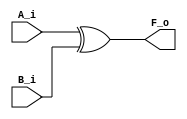
module xor_gate(
    input   A_i,
    input   B_i,
    output  F_o
);
    
    assign F_o = A_i ^ B_i;

endmodule